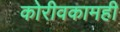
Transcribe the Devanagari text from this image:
कोरीवकामही